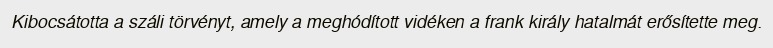
Kibocsátotta a száli törvényt, amely a meghódított vidéken a frank király hatalmát erősítette meg.